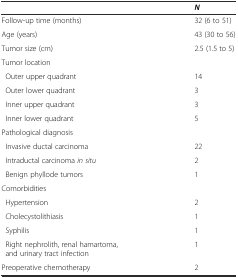
<table><thead><tr><td></td><td><b><i>N</i></b></td></tr></thead><tbody><tr><td>Follow-up time (months)</td><td>32 (6 to 51)</td></tr><tr><td>Age (years)</td><td>43 (30 to 56)</td></tr><tr><td>Tumor size (cm)</td><td>2.5 (1.5 to 5)</td></tr><tr><td>Tumor location</td><td></td></tr><tr><td> Outer upper quadrant</td><td>14</td></tr><tr><td> Outer lower quadrant</td><td>3</td></tr><tr><td> Inner upper quadrant</td><td>3</td></tr><tr><td> Inner lower quadrant</td><td>5</td></tr><tr><td>Pathological diagnosis</td><td></td></tr><tr><td> Invasive ductal carcinoma</td><td>22</td></tr><tr><td> Intraductal carcinoma <i>in situ</i></td><td>2</td></tr><tr><td> Benign phyllode tumors</td><td>1</td></tr><tr><td>Comorbidities</td><td></td></tr><tr><td> Hypertension</td><td>2</td></tr><tr><td> Cholecystolithiasis</td><td>1</td></tr><tr><td> Syphilis</td><td>1</td></tr><tr><td> Right nephrolith, renal hamartoma, and urinary tract infection</td><td>1</td></tr><tr><td>Preoperative chemotherapy</td><td>2</td></tr></tbody></table>